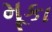
મૂકા